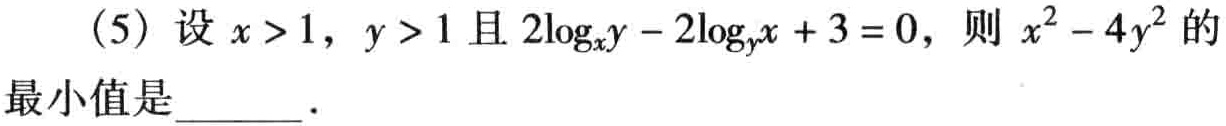
(5) 设 \(x > 1\)，\(y > 1\) 且 \(2\log_{x}y - 2\log_{y}x + 3 = 0\)，则 \(x^{2} - 4y^{2}\) 的最小值是  ．